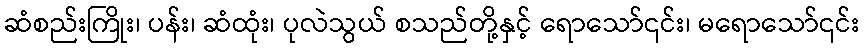
ဆံစည်းကြိုး၊ ပန်း၊ ဆံထုံး၊ ပုလဲသွယ် စသည်တို့နှင့် ရောသော်၎င်း၊ မရောသော်၎င်း